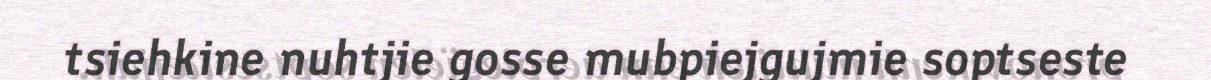
tsiehkine nuhtjie gosse mubpiejgujmie soptseste